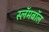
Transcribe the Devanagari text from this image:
स्लॅमबॉल